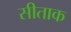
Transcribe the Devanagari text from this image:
सीताक